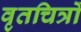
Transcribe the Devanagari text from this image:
वृतचित्रों